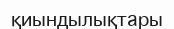
қиындылықтары